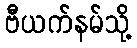
ဗီယက်နမ်သို့